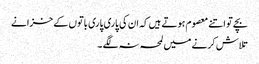
بچے تو اتنے معصوم ہوتے ہیں کہ ان کی پاری پاری باتوں کے خزانے
تلاش کرنے میں لمحہ نہ لگے ۔